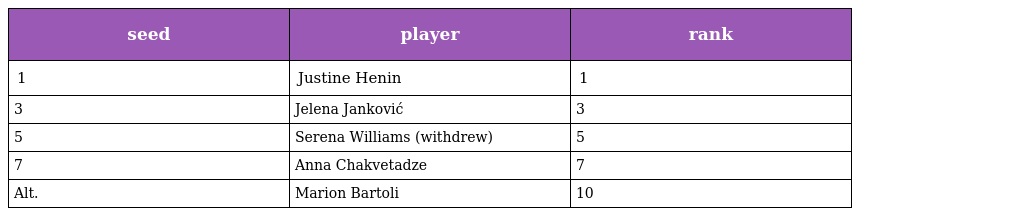
| seed | player | rank |
 | --- | --- | --- |
 | 1 | Justine Henin | 1 |
 | 3 | Jelena Janković | 3 |
 | 5 | Serena Williams (withdrew) | 5 |
 | 7 | Anna Chakvetadze | 7 |
 | Alt. | Marion Bartoli | 10 |